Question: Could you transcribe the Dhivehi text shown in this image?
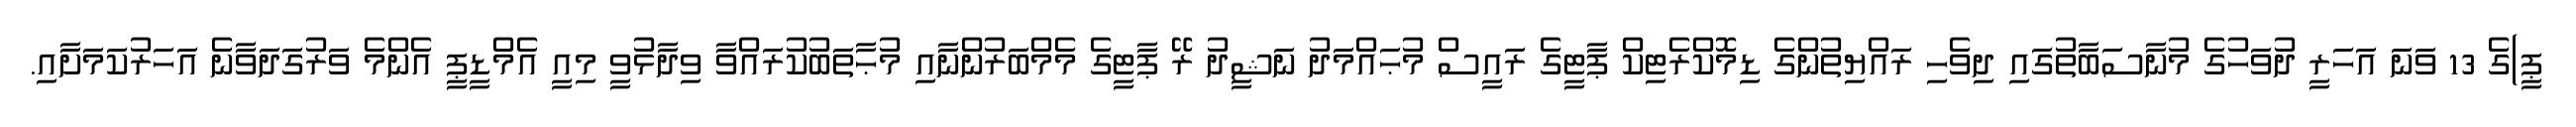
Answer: ޕީ)ގެ 13 ވަނަ އަހަރީ ދުވަހުގެ މުނާސަބާތުގައި ދިވެހި ރައްޔިތުންގެ ޑިމޮކްރެޓިކް ޕާޓީގެ ރައީސް މުޙައްމަދު ނަޝީދު ރޭ ޕާޓީގެ މެމްބަރުންނާއި މުޙާތަބުކުރައްވާ ވިދާޅުވީ މިއީ އެމްޑީޕީ އެންމެ ވަރުގަދަވާނެ އަހަރުކަމަށާއި.